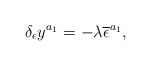
\begin{align*}\delta _\epsilon y^{a_1}=-\lambda \overline{\epsilon }^{a_1},\end{align*}